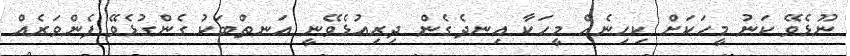
ނޫޅެވޭ ކަނު މީހަކަށް ކިހިނެއް މީހަކާ އިނދެގެން ދިރިއުޅެވޭނީ އަނތްބަކު ގެންގުޅެވޭ ފެންވަރެއް